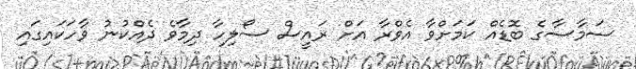
ސަމާސާގެ ބޮޑެއް ކަމަށްވާ އެވްރާ އަށް ރައީސް ސޯލިހާ ދިމާވެ ދެއްކުނު ވާހަކައިގައި